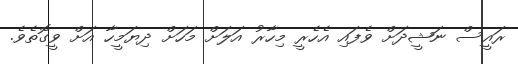
ރައީސް ނަޝީދަށް ވެފައި އެހެރީ މިހާރު އަލަށް މަހަށް ދިޔަމީހާ އަށް ވީގޮތެވެ.